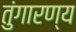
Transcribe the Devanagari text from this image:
तुंगारण्य